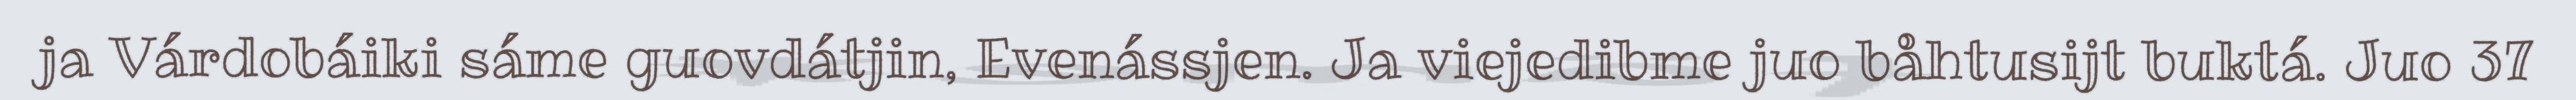
ja Várdobáiki sáme guovdátjin, Evenássjen. Ja viejedibme juo båhtusijt buktá. Juo 37